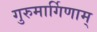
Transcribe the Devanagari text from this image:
गुरुमार्गिणाम्